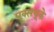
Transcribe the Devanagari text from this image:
एक्सयूके